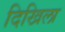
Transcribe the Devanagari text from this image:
दिखिला